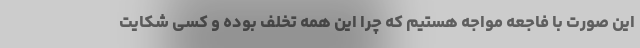
این صورت با فاجعه مواجه هستیم که چرا این همه تخلف بوده و کسی شکایت